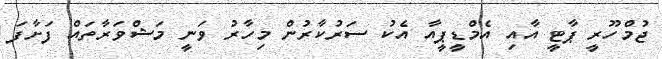
ޖުމްހޫރީ ޕާޓީ އާއި އެމްޑީޕީއާ އެކު ސަރުކާރުން މިހާރު ވަނީ މަޝްވަރާތައް ފަށާފަ